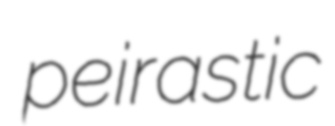
peirastic